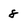
Character: 8